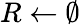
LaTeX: R\gets\emptyset